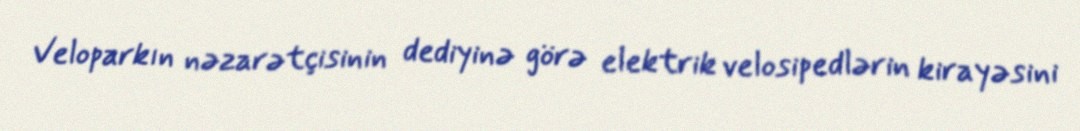
Veloparkın nəzarətçisinin dediyinə görə elektrik velosipedlərin kirayəsini